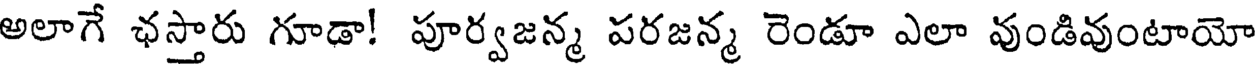
అలాగే ఛస్తారు గూడా! పూర్వజన్మ పరజన్మ రెండూ ఎలా వుండివుంటాయో